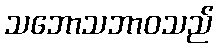
သဘောသဘာဝသည်